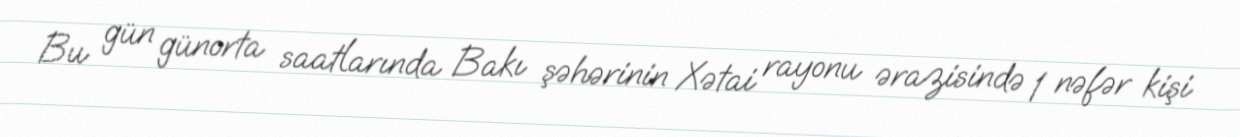
Bu gün günorta saatlarında Bakı şəhərinin Xətai rayonu ərazisində 1 nəfər kişi